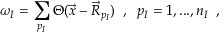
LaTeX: \omega _ { I } = \sum _ { p _ { I } } \Theta ( \vec { x } - \vec { R } _ { p _ { I } } ) \; \; , \; \; p _ { I } = 1 , . . . , n _ { I } \; \; ,